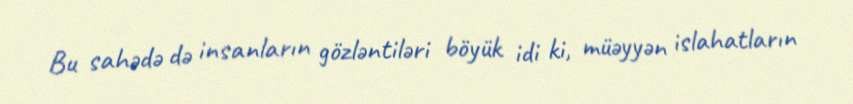
Bu sahədə də insanların gözləntiləri böyük idi ki, müəyyən islahatların